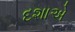
દશાએ